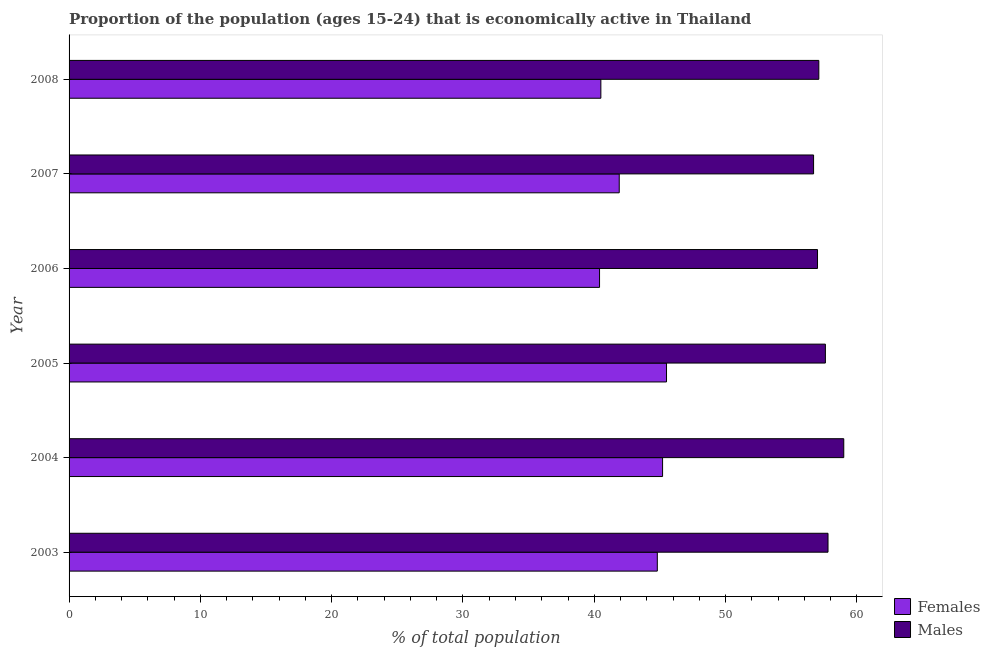
| Year | Females | Males |
 | --- | --- | --- |
 | 2003 | 44.8 | 57.8 |
 | 2004 | 45.2 | 59 |
 | 2005 | 45.5 | 57.6 |
 | 2006 | 40.4 | 57 |
 | 2007 | 41.9 | 56.7 |
 | 2008 | 40.5 | 57.1 |